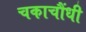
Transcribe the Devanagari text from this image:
चकाचौंधी